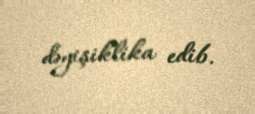
dəyişiklika edib.